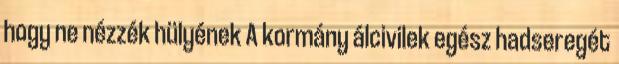
hogy ne nézzék hülyének A kormány álcivilek egész hadseregét